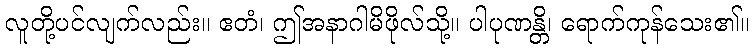
လူတို့ပင်လျက်လည်း။ ဧတံ၊ ဤအနာဂါမိဖိုလ်သို့။ ပါပုဏန္တိ၊ ရောက်ကုန်သေး၏။